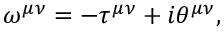
\omega ^ { \mu \nu } = - \tau ^ { \mu \nu } + i \theta ^ { \mu \nu } ,